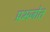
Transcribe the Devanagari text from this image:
प्रभजोत